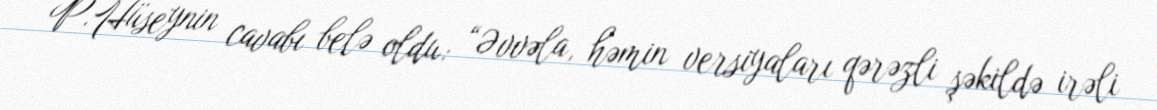
P.Hüseynin cavabı belə oldu: “Əvvəla, həmin versiyaları qərəzli şəkildə irəli